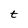
Character: t